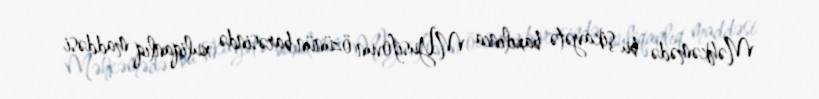
Məhkəmədə bu şikayətə baxılınca M.Yusifovun özünün barəsində xuliqanlıq maddəsi